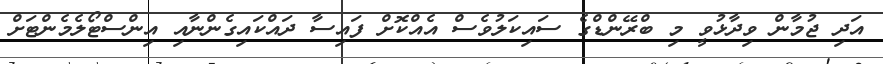
އަދި ޖުމާން ވިދާޅުވީ މި ބްރޭންޑްގެ ސައިކަލުވެސް އެއްކޮށް ފައިސާ ދައްކައިގެންނާއި އިންސްޓޯލެމެންޓަށް